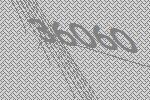
36060